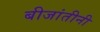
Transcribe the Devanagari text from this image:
बीजांतीनी